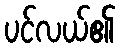
ပင်လယ်၏